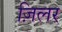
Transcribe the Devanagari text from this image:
ज़िलर